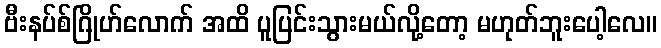
ဗီးနပ်စ်ဂြိုဟ်လောက် အထိ ပူပြင်းသွားမယ်လို့တော့ မဟုတ်ဘူးပေါ့လေ။